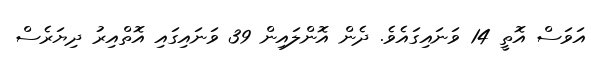
އަވަސް އޮތީ 14 ވަނައިގައެވެ. ދެން އޮންލައިން 39 ވަނައިގައި އޮތްއިިރު ދިޔަރެސް